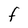
Character: F